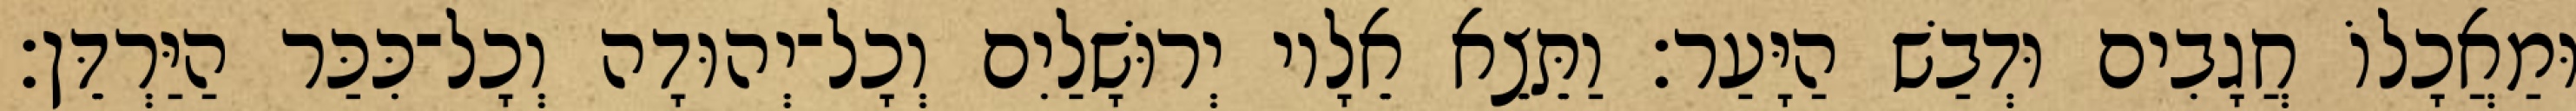
וּמַאֲכָלוֹ חֲגָבִים וּדְבַשׁ הַיָּעַר׃ וַתֵּצֵא אֵלָיו יְרוּשָׁלַיִם וְכָל־יְהוּדָה וְכָל־כִּכַּר הַיַּרְדֵּן׃